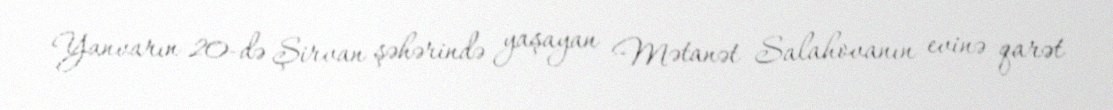
Yanvarın 20-də Şirvan şəhərində yaşayan Mətanət Salahovanın evinə qarət